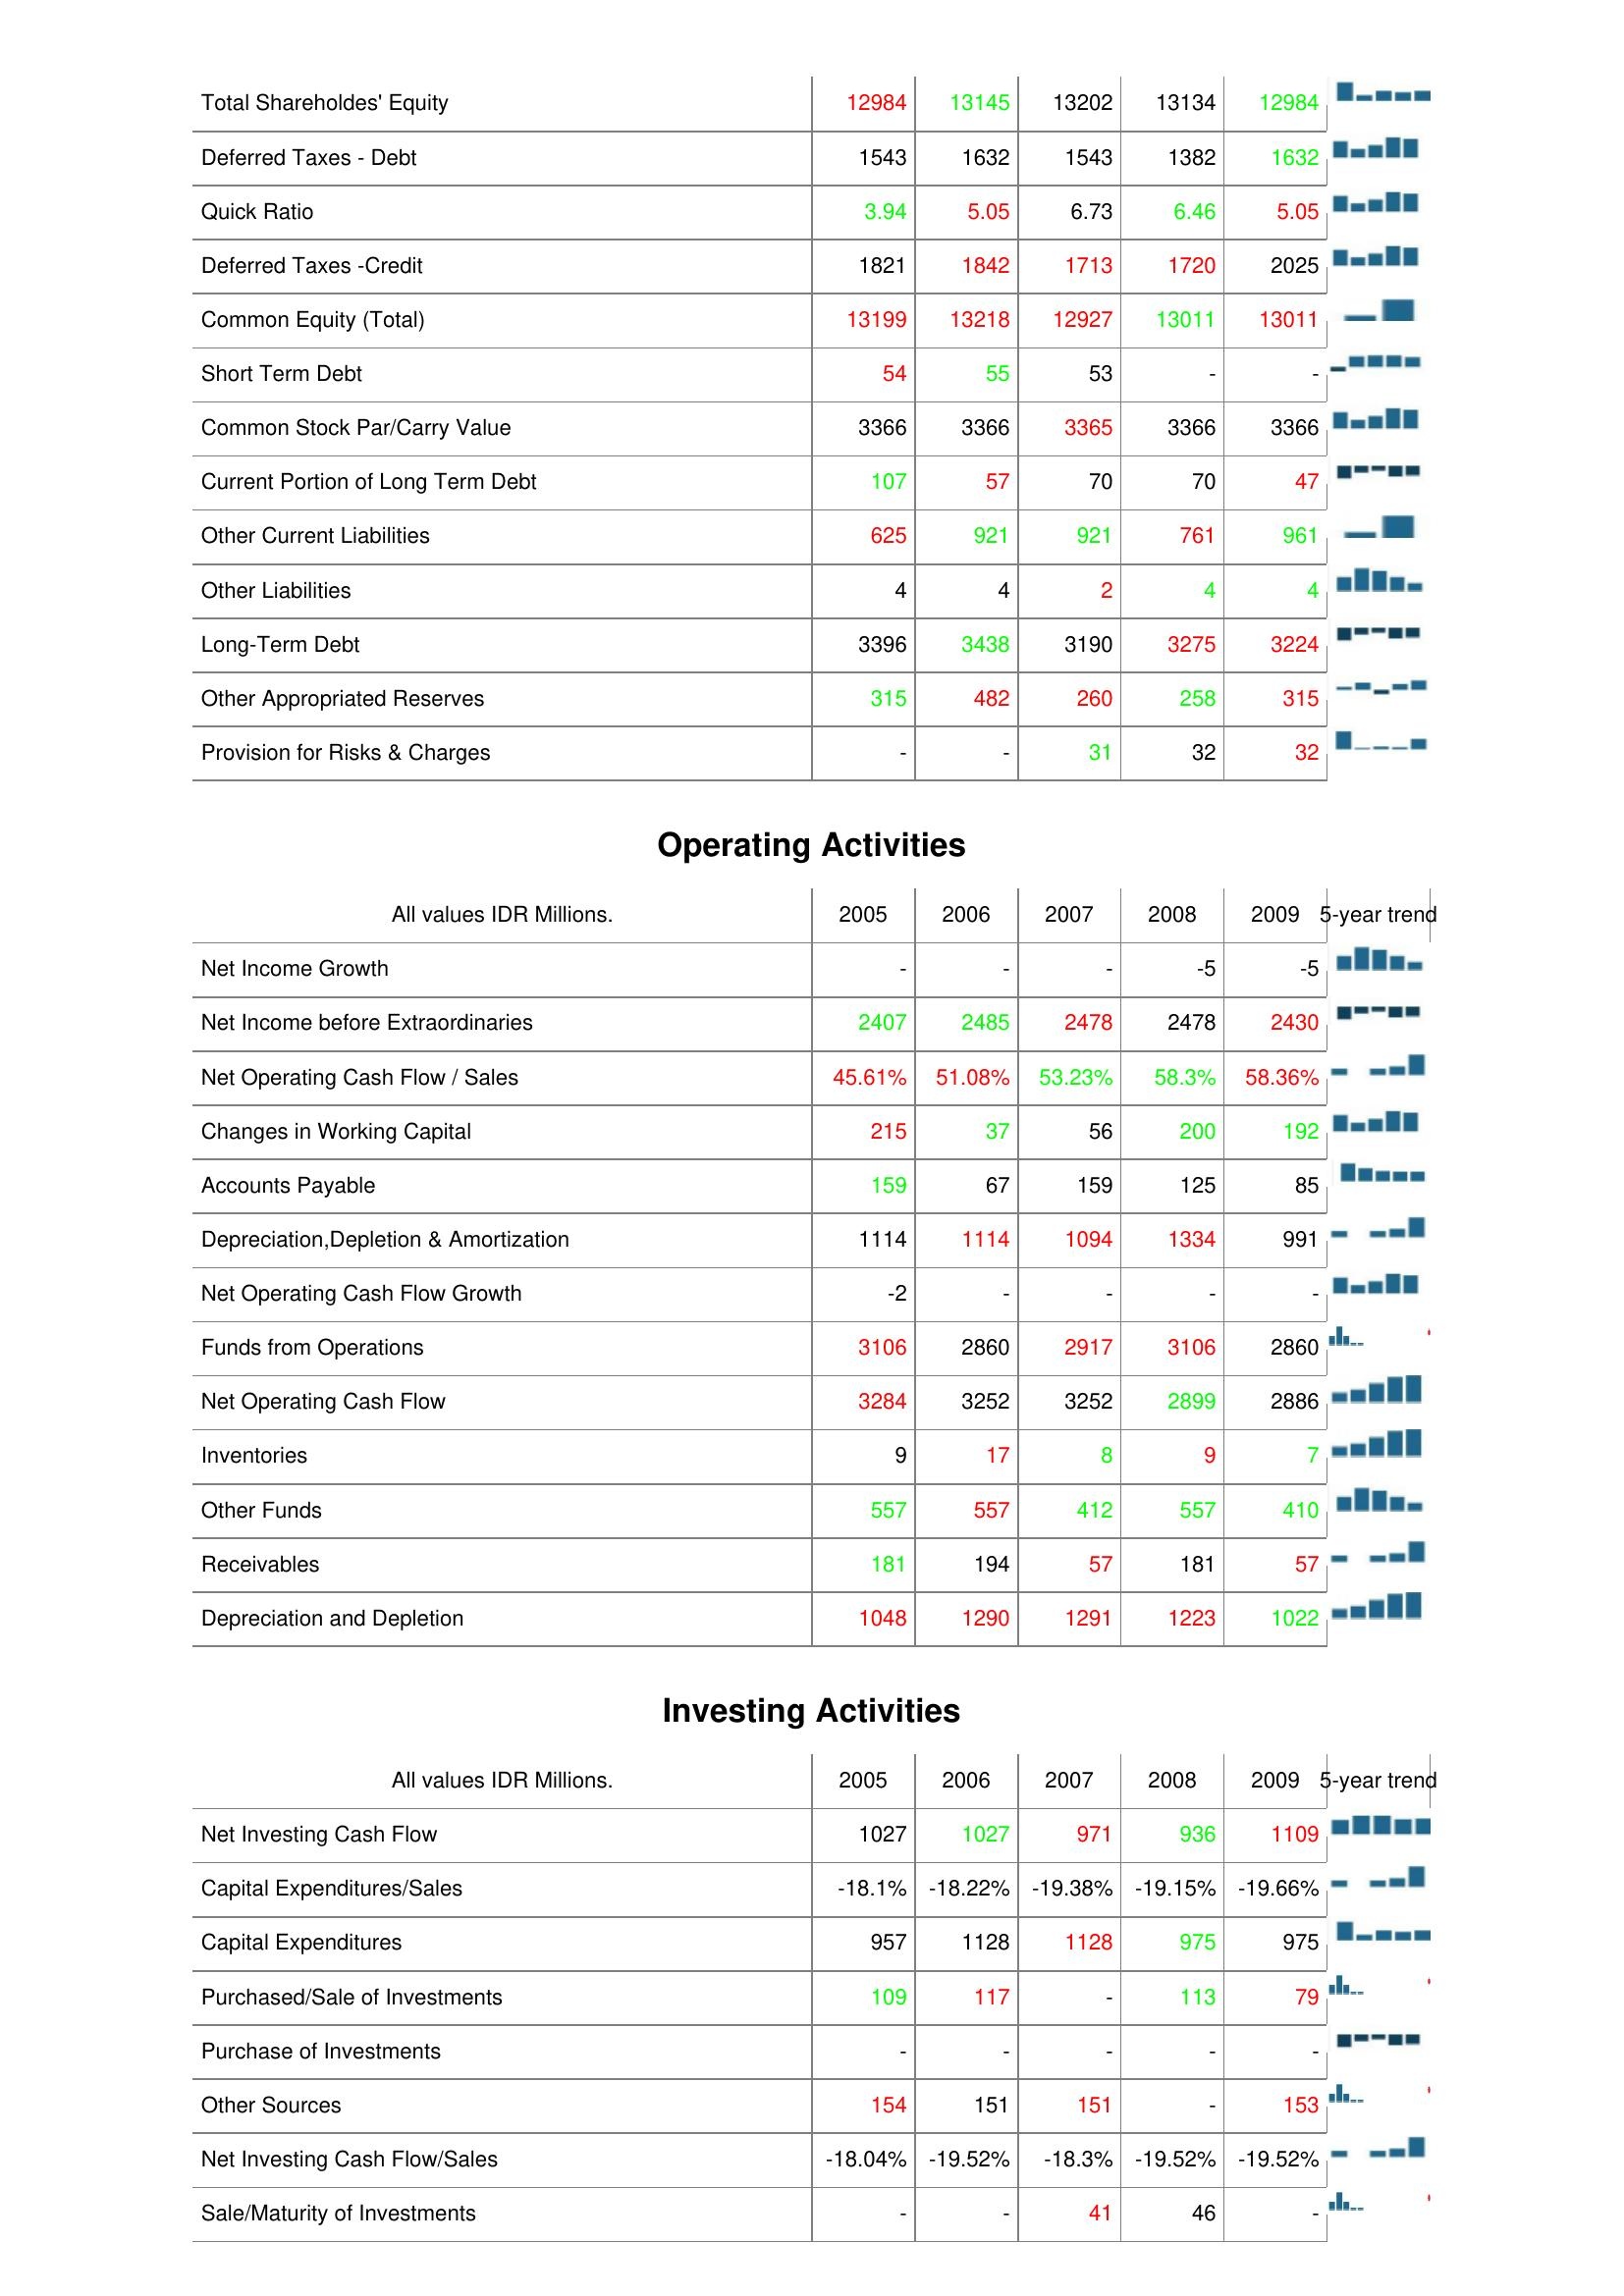
2005: Liabilities & Shareholder's Equity: Total Shareholdes' Equity: 12984
Deferred Taxes - Debt: 1543
Quick Ratio: 3.94
Deferred Taxes -Credit: 1821
Common Equity (Total): 13199
Short Term Debt: 54
Common Stock Par/Carry Value: 3366
Current Portion of Long Term Debt: 107
Other Current Liabilities: 625
Other Liabilities: 4
Long-Term Debt: 3396
Other Appropriated Reserves: 315
Provision for Risks & Charges: -
Operating Activities: Net Income Growth: -
Net Income before Extraordinaries: 2407
Net Operating Cash Flow / Sales: 45.61%
Changes in Working Capital: 215
Accounts Payable: 159
Depreciation,Depletion & Amortization: 1114
Net Operating Cash Flow Growth: -2
Funds from Operations: 3106
Net Operating Cash Flow: 3284
Inventories: 9
Other Funds: 557
Receivables: 181
Depreciation and Depletion: 1048
Investing Activities: Net Investing Cash Flow: 1027
Capital Expenditures/Sales: -18.1%
Capital Expenditures: 957
Purchased/Sale of Investments: 109
Purchase of Investments: -
Other Sources: 154
Net Investing Cash Flow/Sales: -18.04%
Sale/Maturity of Investments: -
2006: Liabilities & Shareholder's Equity: Total Shareholdes' Equity: 13145
Deferred Taxes - Debt: 1632
Quick Ratio: 5.05
Deferred Taxes -Credit: 1842
Common Equity (Total): 13218
Short Term Debt: 55
Common Stock Par/Carry Value: 3366
Current Portion of Long Term Debt: 57
Other Current Liabilities: 921
Other Liabilities: 4
Long-Term Debt: 3438
Other Appropriated Reserves: 482
Provision for Risks & Charges: -
Operating Activities: Net Income Growth: -
Net Income before Extraordinaries: 2485
Net Operating Cash Flow / Sales: 51.08%
Changes in Working Capital: 37
Accounts Payable: 67
Depreciation,Depletion & Amortization: 1114
Net Operating Cash Flow Growth: -
Funds from Operations: 2860
Net Operating Cash Flow: 3252
Inventories: 17
Other Funds: 557
Receivables: 194
Depreciation and Depletion: 1290
Investing Activities: Net Investing Cash Flow: 1027
Capital Expenditures/Sales: -18.22%
Capital Expenditures: 1128
Purchased/Sale of Investments: 117
Purchase of Investments: -
Other Sources: 151
Net Investing Cash Flow/Sales: -19.52%
Sale/Maturity of Investments: -
2007: Liabilities & Shareholder's Equity: Total Shareholdes' Equity: 13202
Deferred Taxes - Debt: 1543
Quick Ratio: 6.73
Deferred Taxes -Credit: 1713
Common Equity (Total): 12927
Short Term Debt: 53
Common Stock Par/Carry Value: 3365
Current Portion of Long Term Debt: 70
Other Current Liabilities: 921
Other Liabilities: 2
Long-Term Debt: 3190
Other Appropriated Reserves: 260
Provision for Risks & Charges: 31
Operating Activities: Net Income Growth: -
Net Income before Extraordinaries: 2478
Net Operating Cash Flow / Sales: 53.23%
Changes in Working Capital: 56
Accounts Payable: 159
Depreciation,Depletion & Amortization: 1094
Net Operating Cash Flow Growth: -
Funds from Operations: 2917
Net Operating Cash Flow: 3252
Inventories: 8
Other Funds: 412
Receivables: 57
Depreciation and Depletion: 1291
Investing Activities: Net Investing Cash Flow: 971
Capital Expenditures/Sales: -19.38%
Capital Expenditures: 1128
Purchased/Sale of Investments: -
Purchase of Investments: -
Other Sources: 151
Net Investing Cash Flow/Sales: -18.3%
Sale/Maturity of Investments: 41
2008: Liabilities & Shareholder's Equity: Total Shareholdes' Equity: 13134
Deferred Taxes - Debt: 1382
Quick Ratio: 6.46
Deferred Taxes -Credit: 1720
Common Equity (Total): 13011
Short Term Debt: -
Common Stock Par/Carry Value: 3366
Current Portion of Long Term Debt: 70
Other Current Liabilities: 761
Other Liabilities: 4
Long-Term Debt: 3275
Other Appropriated Reserves: 258
Provision for Risks & Charges: 32
Operating Activities: Net Income Growth: -5
Net Income before Extraordinaries: 2478
Net Operating Cash Flow / Sales: 58.3%
Changes in Working Capital: 200
Accounts Payable: 125
Depreciation,Depletion & Amortization: 1334
Net Operating Cash Flow Growth: -
Funds from Operations: 3106
Net Operating Cash Flow: 2899
Inventories: 9
Other Funds: 557
Receivables: 181
Depreciation and Depletion: 1223
Investing Activities: Net Investing Cash Flow: 936
Capital Expenditures/Sales: -19.15%
Capital Expenditures: 975
Purchased/Sale of Investments: 113
Purchase of Investments: -
Other Sources: -
Net Investing Cash Flow/Sales: -19.52%
Sale/Maturity of Investments: 46
2009: Liabilities & Shareholder's Equity: Total Shareholdes' Equity: 12984
Deferred Taxes - Debt: 1632
Quick Ratio: 5.05
Deferred Taxes -Credit: 2025
Common Equity (Total): 13011
Short Term Debt: -
Common Stock Par/Carry Value: 3366
Current Portion of Long Term Debt: 47
Other Current Liabilities: 961
Other Liabilities: 4
Long-Term Debt: 3224
Other Appropriated Reserves: 315
Provision for Risks & Charges: 32
Operating Activities: Net Income Growth: -5
Net Income before Extraordinaries: 2430
Net Operating Cash Flow / Sales: 58.36%
Changes in Working Capital: 192
Accounts Payable: 85
Depreciation,Depletion & Amortization: 991
Net Operating Cash Flow Growth: -
Funds from Operations: 2860
Net Operating Cash Flow: 2886
Inventories: 7
Other Funds: 410
Receivables: 57
Depreciation and Depletion: 1022
Investing Activities: Net Investing Cash Flow: 1109
Capital Expenditures/Sales: -19.66%
Capital Expenditures: 975
Purchased/Sale of Investments: 79
Purchase of Investments: -
Other Sources: 153
Net Investing Cash Flow/Sales: -19.52%
Sale/Maturity of Investments: -